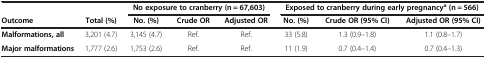
<table><thead><tr><td><b> </b></td><td><b> </b></td><td colspan="3"><b>No exposure to cranberry (n = 67,603)</b></td><td colspan="3"><b>Exposed to cranberry during early pregnancy<sup>a </sup>(n = 566)</b></td></tr><tr><td><b>Outcome</b></td><td><b>Total (%)</b></td><td><b>No. (%)</b></td><td><b>Crude OR</b></td><td><b>Adjusted OR</b></td><td><b>No. (%)</b></td><td><b>Crude OR (95% CI)</b></td><td><b>Adjusted OR (95% CI)</b></td></tr></thead><tbody><tr><td><b>Malformations, all</b></td><td>3,201 (4.7)</td><td>3,145 (4.7)</td><td>Ref.</td><td>Ref.</td><td>33 (5.8)</td><td>1.3 (0.9–1.8)</td><td>1.1 (0.8–1.7)</td></tr><tr><td><b>Major malformations</b></td><td>1,777 (2.6)</td><td>1,753 (2.6)</td><td>Ref.</td><td>Ref.</td><td>11 (1.9)</td><td>0.7 (0.4–1.4)</td><td>0.7 (0.4–1.3)</td></tr></tbody></table>